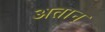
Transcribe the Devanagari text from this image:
अतान